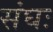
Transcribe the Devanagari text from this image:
संघः